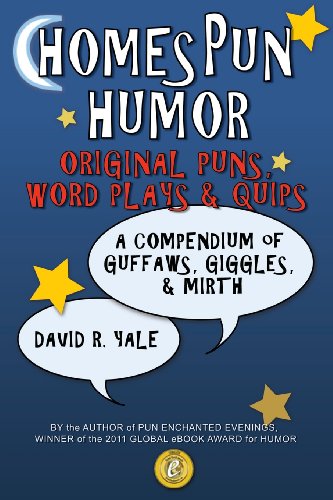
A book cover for Homespun Humor: Original Puns, Word Plays & Quips: A Compendium of Guffaws, Giggles, & Mirth; David R. Yale; Humor & Entertainment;